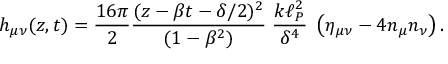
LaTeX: h _ { \mu \nu } ( z , t ) = { \frac { 1 6 \pi } { 2 } } { \frac { ( z - \beta t - \delta / 2 ) ^ { 2 } } { ( 1 - \beta ^ { 2 } ) } } \; { \frac { k \ell _ { P } ^ { 2 } } { \delta ^ { 4 } } } \; \left( \eta _ { \mu \nu } - 4 n _ { \mu } n _ { \nu } \right) .